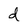
Character: d